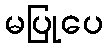
မပြုပေ